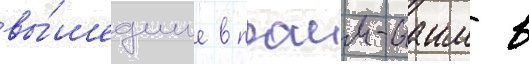
вы́шедшие в праим-таим в